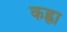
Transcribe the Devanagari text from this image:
कह्ना